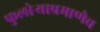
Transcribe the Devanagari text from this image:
फुलोर्‍याप्रमाणेच